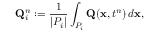
\mathbf { Q } _ { i } ^ { n } : = \frac { 1 } { | P _ { i } | } \int _ { P _ { i } } \mathbf { Q } ( \mathbf { x } , t ^ { n } ) \, d \mathbf { x } ,